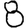
Digit: 8